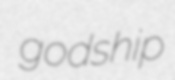
godship